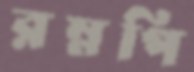
রম্নপি